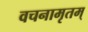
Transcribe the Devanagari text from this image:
वचनामृतम्